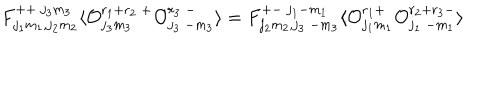
LaTeX: F _ { j _ { 1 } m _ { 1 } , j _ { 2 } m _ { 2 } } ^ { + + ~ j _ { 3 } m _ { 3 } } \langle { \cal O } _ { j _ { 3 } m _ { 3 } } ^ { r _ { 1 } + r _ { 2 } ~ + } { \cal O } _ { j _ { 3 } ~ { - m _ { 3 } } } ^ { r _ { 3 } ~ - } \rangle = F _ { j _ { 2 } m _ { 2 } , j _ { 3 } ~ { - m _ { 3 } } } ^ { + - ~ j _ { 1 } { - m _ { 1 } } } \langle { \cal O } _ { j _ { 1 } m _ { 1 } } ^ { r _ { 1 } + } { \cal O } _ { j _ { 1 } ~ { - m _ { 1 } } } ^ { r _ { 2 } + r _ { 3 } - } \rangle \nonumber